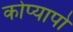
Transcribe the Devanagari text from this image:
कोप्यापो